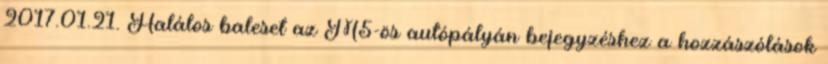
2017.01.21. Halálos baleset az M5-ös autópályán bejegyzéshez a hozzászólások